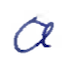
Text: a
Cross-out: clean
Writing tool: ballpoint